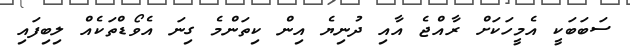
ސަބަބަކީ އެމީހަކަށް ރާއްޖެ އާއި ދުނިޔެ އިން ކިތަންމެ ގިނަ އެވޯޑްތަކެއް ލިބިފައި